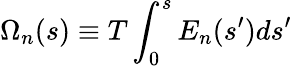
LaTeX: \Omega_{n}(s)\equiv T\int_{0}^{s}E_{n}(s^{\prime})ds^{\prime}